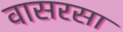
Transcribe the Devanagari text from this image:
वासरसा